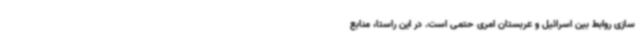
سازی روابط بین اسرائیل و عربستان امری حتمی است. در این راستا، منابع